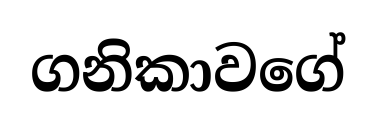
ගනිකාවගේ